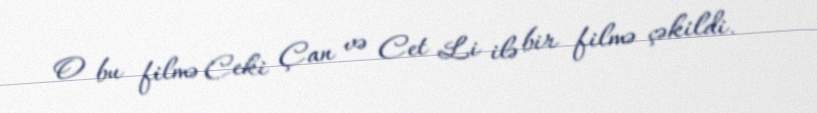
O bu filmə Ceki Çan və Cet Li ilə bir filmə çəkildi.